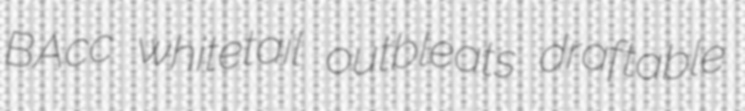
BAcc whitetail outbleats draftable